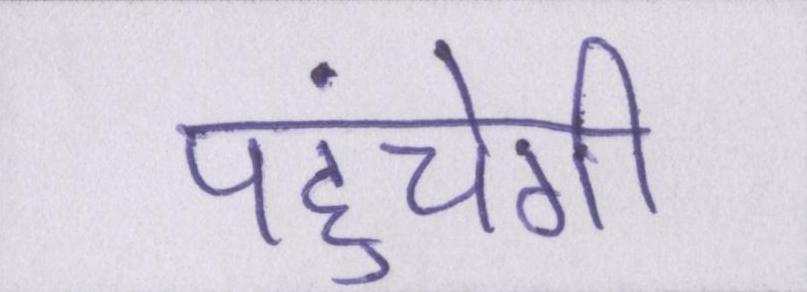
पहुंचेगी